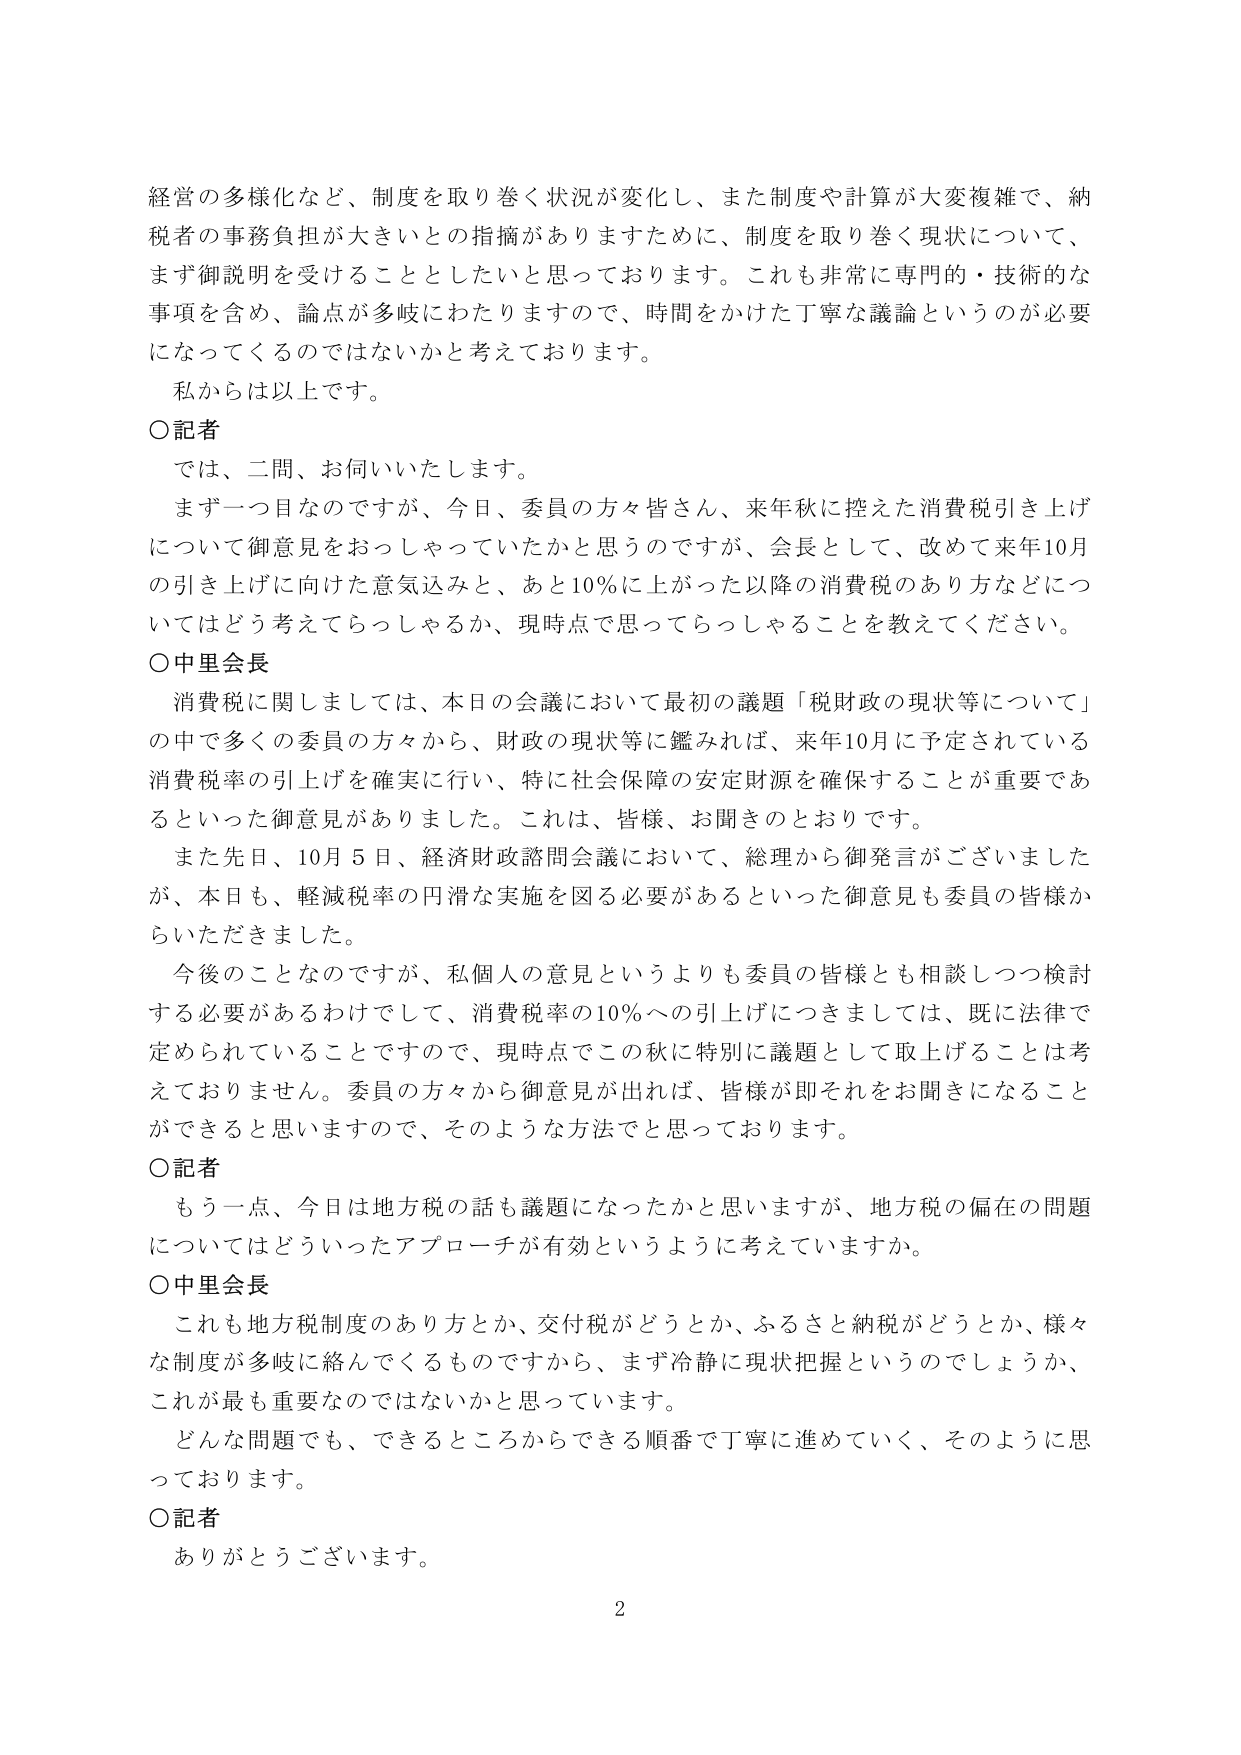
経営の多様化など、制度を取り巻く状況が変化し、また制度や計算が大変複雑で、納税者の事務負担が大きいとの指摘がありますために、制度を取り巻く現状について、まず御説明を受けることとしたいと思っております。これも非常に専門的・技術的な事項を含め、論点が多岐にわたりますので、時間をかけた丁寧な議論というのが必要になってくるのではないかと考えております。

私からは以上です。

〇記者
では、二問、お伺いいたします。
まず一つ目なのですが、今日、委員の方々皆さん、来年秋に控えた消費税引き上げについて御意見をおっしゃっていたかと思うのですが、会長として、改めて来年10月の引き上げに向けた意気込みと、あと10％に上がった以降の消費税のあり方などについてはどう考えてらっしゃるか、現時点で思ってらっしゃることを教えてください。

〇中里会長
消費税に関しましては、本日の会議において最初の議題「税財政の現状等について」の中で多くの委員の方々から、財政の現状等に鑑みれば、来年10月に予定されている消費税率の引上げを確実に行い、特に社会保障の安定財源を確保することが重要であるといった御意見がありました。これは、皆様、お聞きのとおりです。
また先日、10月5日、経済財政諮問会議において、総理から御発言がございましたが、本日も、軽減税率の円滑な実施を図る必要があるといった御意見も委員の皆様からいただきました。
今後のことなのですが、私個人の意見というよりも委員の皆様とも相談しつつ検討する必要があるわけでして、消費税率の10％への引上げにつきましては、既に法律で定められていることですので、現時点でこの秋に特別に議題として取上げることは考えておりません。委員の方々から御意見が出れば、皆様が即それをお聞きになることができると思いますので、そのような方法でと思っております。

〇記者
もう一点、今日は地方税の話も議題になったかと思いますが、地方税の偏在の問題についてはどういったアプローチが有効というように考えていますか。

〇中里会長
これも地方税制度のあり方とか、交付税がどうとか、ふるさと納税がどうとか、様々な制度が多岐に絡んでくるものですから、まず冷静に現状把握というのでしょうか、これが最も重要なのではないかと思っています。
どんな問題でも、できるところからできる順番で丁寧に進めていく、そのように思っております。

〇記者
ありがとうございます。

2